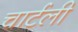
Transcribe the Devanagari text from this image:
चार्टली